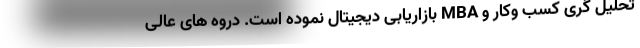
تحلیل گری کسب وکار و MBA بازاریابی دیجیتال نموده است. دروه های عالی